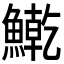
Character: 𫙱